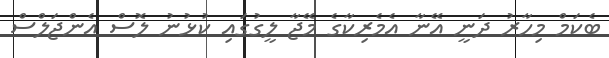
ބެކަމް މިހާރު ދަނީ އޭނާ އެމެރިކާގެ މޭޖާ ލީގުގައި ކުޅުނު ލޮސް އެންޖަލްސް